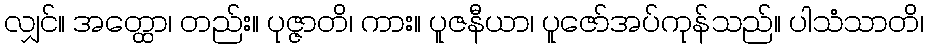
လျှင်။ အတ္ထော၊ တည်း။ ပုဇ္ဇာတိ၊ ကား။ ပူဇနီယာ၊ ပူဇော်အပ်ကုန်သည်။ ပါသံသာတိ၊